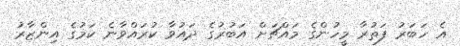
އެ ހަބަރު ފަތުރާ މީހުންގެ މައްޗަށް އަބުރުގެ ދައުވާ ކުރައްވާނެ ކަމުގެ އިންޒާރު